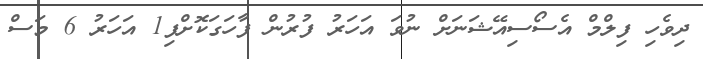
ދިވެހި ފިލްމް އެސޯސިއޭޝަނަށް ނުވަ އަހަރު ފުރުން ފާހަގަކޮށްފި1 އަހަރު 6 މަސް